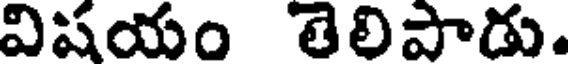
విషయం తెలిపాడు.